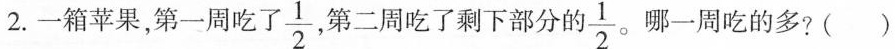
2.一箱苹果，第一周吃 了 \frac{1}{2} ， 第二周吃了剩下部分 \frac{1}{2} 哪一周吃的多? ()